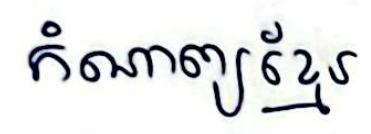
កំណាព្យខ្មែរ